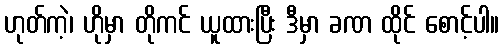
ဟုတ်ကဲ့၊ ဟိုမှာ တိုကင် ယူထားပြီး ဒီမှာ ခဏ ထိုင် စောင့်ပါ။